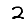
Digit: 2